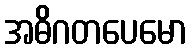
အဓိဂတပေမော